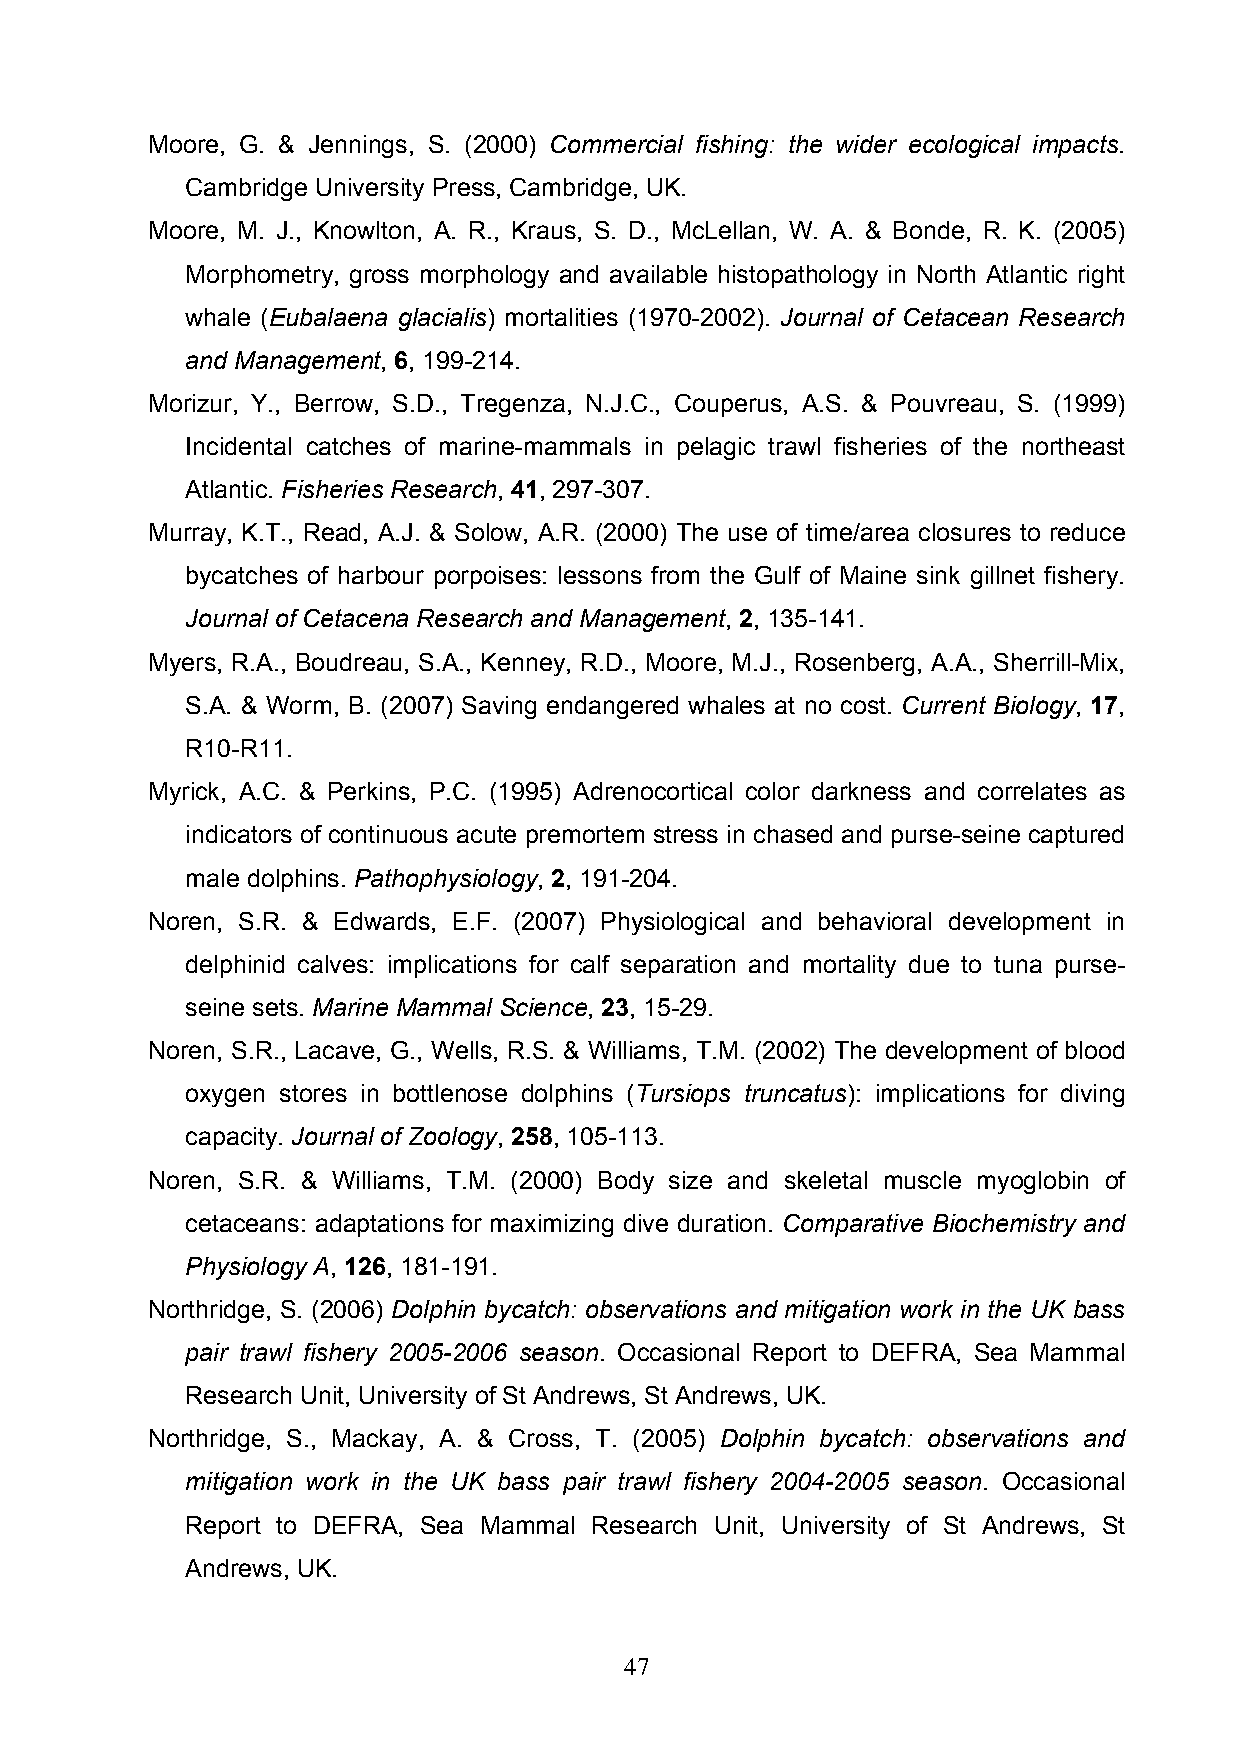
Moore, G. & Jennings, S. (2000) Commercial fishing: the wider ecological impacts.
 Cambridge University Press, Cambridge, UK.
 Moore, M. J., Knowlton, A. R., Kraus, S. D., McLellan, W. A. & Bonde, R. K. (2005)
 Morphometry, gross morphology and available histopathology in North Atlantic right
 whale (Eubalaena glacialis) mortalities (1970-2002). Journal of Cetacean Research
 and Management, 6, 199-214.
 Morizur, Y., Berrow, S.D., Tregenza, N.J.C., Couperus, A.S. & Pouvreau, S. (1999)
 Incidental catches of marine-mammals in pelagic trawl fisheries of the northeast
 Atlantic. Fisheries Research, 41, 297-307.
 Murray, K.T., Read, A.J. & Solow, A.R. (2000) The use of time/area closures to reduce
 bycatches of harbour porpoises: lessons from the Gulf of Maine sink gillnet fishery.
 Journal of Cetacena Research and Management, 2, 135-141.
 Myers, R.A., Boudreau, S.A., Kenney, R.D., Moore, M.J., Rosenberg, A.A., Sherrill-Mix,
 S.A. & Worm, B. (2007) Saving endangered whales at no cost. Current Biology, 17,
 R10-R11.
 Myrick, A.C. & Perkins, P.C. (1995) Adrenocortical color darkness and correlates as
 indicators of continuous acute premortem stress in chased and purse-seine captured
 male dolphins. Pathophysiology, 2, 191-204.
 Noren, S.R. & Edwards, E.F. (2007) Physiological and behavioral development in
 delphinid calves: implications for calf separation and mortality due to tuna purse-
 seine sets. Marine Mammal Science, 23, 15-29.
 Noren, S.R., Lacave, G., Wells, R.S. & Williams, T.M. (2002) The development of blood
 oxygen stores in bottlenose dolphins (Tursiops truncatus): implications for diving
 capacity. Journal of Zoology, 258, 105-113.
 Noren, S.R. & Williams, T.M. (2000) Body size and skeletal muscle myoglobin of
 cetaceans: adaptations for maximizing dive duration. Comparative Biochemistry and
 Physiology A, 126, 181-191.
 Northridge, S. (2006) Dolphin bycatch: observations and mitigation work in the UK bass
 pair trawl fishery 2005-2006 season. Occasional Report to DEFRA, Sea Mammal
 Research Unit, University of St Andrews, St Andrews, UK.
 Northridge, S., Mackay, A. & Cross, T. (2005) Dolphin bycatch: observations and
 mitigation work in the UK bass pair trawl fishery 2004-2005 season. Occasional
 Report to DEFRA, Sea Mammal Research Unit, University of St Andrews, St
 Andrews, UK.
 47